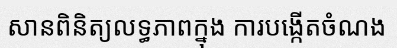
សានពិនិត្យលទ្ធភាពក្នុង ការបង្កើតចំណង